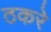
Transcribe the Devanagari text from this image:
ठकरे